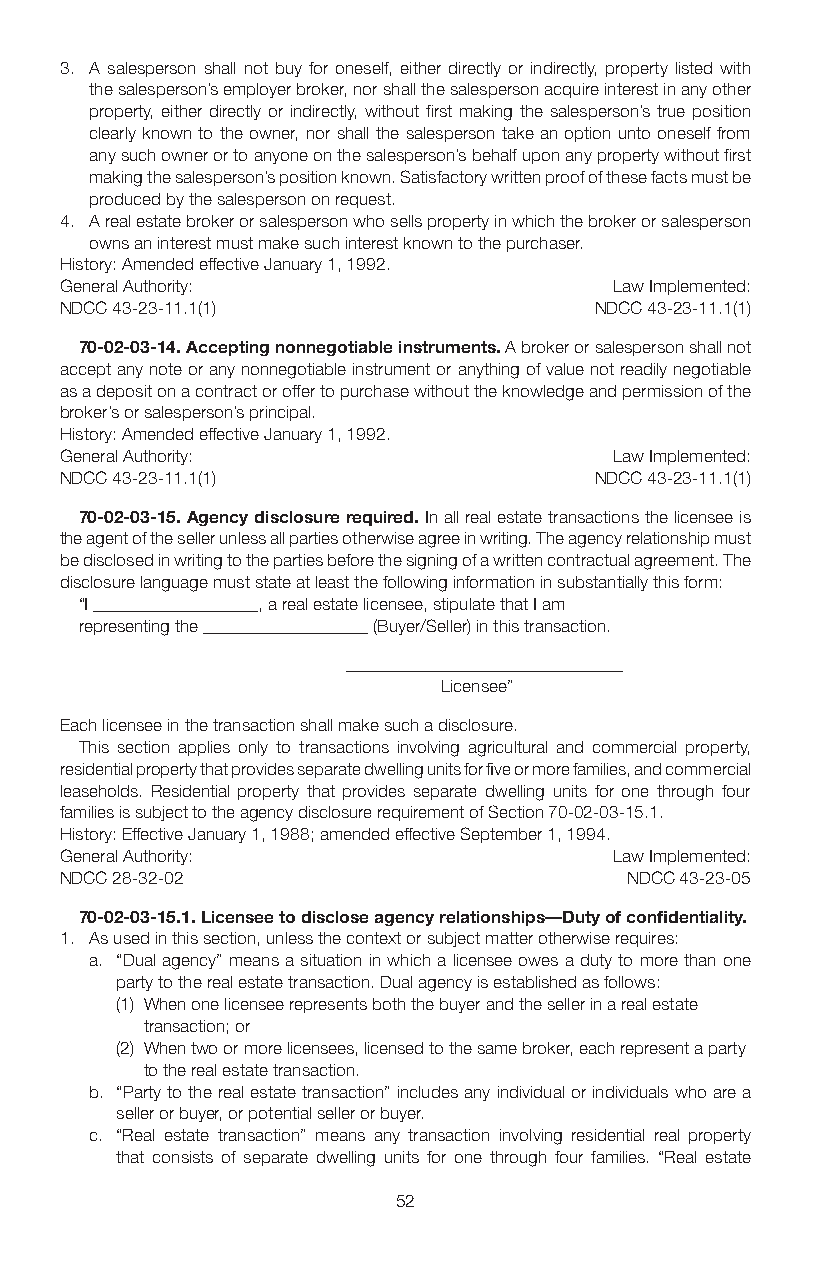
3. A salesperson shall not buy for oneself, either directly or indirectly, property listed with
 the salesperson’s employer broker, nor shall the salesperson acquire interest in any other
 property, either directly or indirectly, without first making the salesperson’s true position
 clearly known to the owner, nor shall the salesperson take an option unto oneself from
 any such owner or to anyone on the salesperson’s behalf upon any property without first
 making the salesperson’s position known. Satisfactory written proof of these facts must be
 produced by the salesperson on request.
 4. A real estate broker or salesperson who sells property in which the broker or salesperson
 owns an interest must make such interest known to the purchaser.
 History: Amended effective January 1, 1992.
 General Authority:                   Law Implemented:
 NDCC 43-23-11.1(1)                 NDCC 43-23-11.1(1)
 70-02-03-14. Accepting nonnegotiable instruments. A broker or salesperson shall not
 accept any note or any nonnegotiable instrument or anything of value not readily negotiable
 as a deposit on a contract or offer to purchase without the knowledge and permission of the
 broker’s or salesperson’s principal.
 History: Amended effective January 1, 1992.
 General Authority:                   Law Implemented:
 NDCC 43-23-11.1(1)                 NDCC 43-23-11.1(1)
 70-02-03-15. Agency disclosure required. In all real estate transactions the licensee is
 the agent of the seller unless all parties otherwise agree in writing. The agency relationship must
 be disclosed in writing to the parties before the signing of a written contractual agreement. The
 disclosure language must state at least the following information in substantially this form:
 “I ___________________, a real estate licensee, stipulate that I am
 representing the ___________________ (Buyer/Seller) in this transaction.
 ________________________________
 Licensee”
 Each licensee in the transaction shall make such a disclosure.
 This section applies only to transactions involving agricultural and commercial property,
 residential property that provides separate dwelling units for five or more families, and commercial
 leaseholds. Residential property that provides separate dwelling units for one through four
 families is subject to the agency disclosure requirement of Section 70-02-03-15.1.
 History: Effective January 1, 1988; amended effective September 1, 1994.
 General Authority:                   Law Implemented:
 NDCC 28-32-02                        NDCC 43-23-05
 70-02-03-15.1. Licensee to disclose agency relationships—Duty of confidentiality.
 1. As used in this section, unless the context or subject matter otherwise requires:
 a. “Dual agency” means a situation in which a licensee owes a duty to more than one
 party to the real estate transaction. Dual agency is established as follows:
 (1) When one licensee represents both the buyer and the seller in a real estate
 transaction; or
 (2) When two or more licensees, licensed to the same broker, each represent a party
 to the real estate transaction.
 b. “Party to the real estate transaction” includes any individual or individuals who are a
 seller or buyer, or potential seller or buyer.
 c. “Real estate transaction” means any transaction involving residential real property
 that consists of separate dwelling units for one through four families. “Real estate
 52